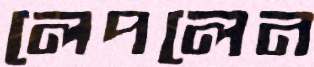
লেপলেন